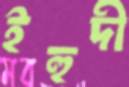
ইহুদী